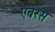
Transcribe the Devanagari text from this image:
एबेरस